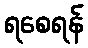
ရစေရန်